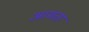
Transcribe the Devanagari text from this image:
आमता